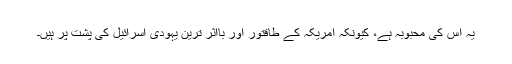
یہ اس کی محبوبہ ہے، کیونکہ امریکہ کے طاقتور اور بااثر ترین یہودی اسرائیل کی پُشت پر ہیں۔